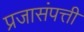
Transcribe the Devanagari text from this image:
प्रजासंपत्ती